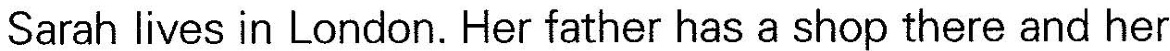
Sarah lives in London. Her father has a shop thereand her